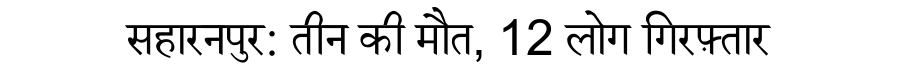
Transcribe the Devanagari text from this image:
सहारनपुर: तीन की मौत, 12 लोग गिरफ़्तार